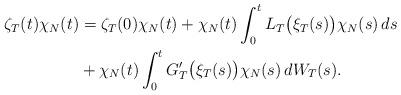
LaTeX: \begin{align*}\zeta_T (t)\chi_{N}(t)&=\zeta_T (0)\chi_{N}(t) +\chi_{N}(t)\int_{0}^{t}L_T\bigl(\xi_T(s) \bigr)\chi_{N}(s)\,ds\\&+\chi_{N}(t)\int_{0}^{t}G_T'\bigl(\xi_T(s) \bigr)\chi_{N}(s)\,dW_T(s).\end{align*}